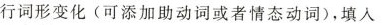
行词形变化(可添加助动词或者情态动词)，填入